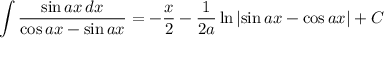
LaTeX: \int { \frac { \sin a x \, d x } { \cos a x - \sin a x } } = - { \frac { x } { 2 } } - { \frac { 1 } { 2 a } } \ln \left| \sin a x - \cos a x \right| + C